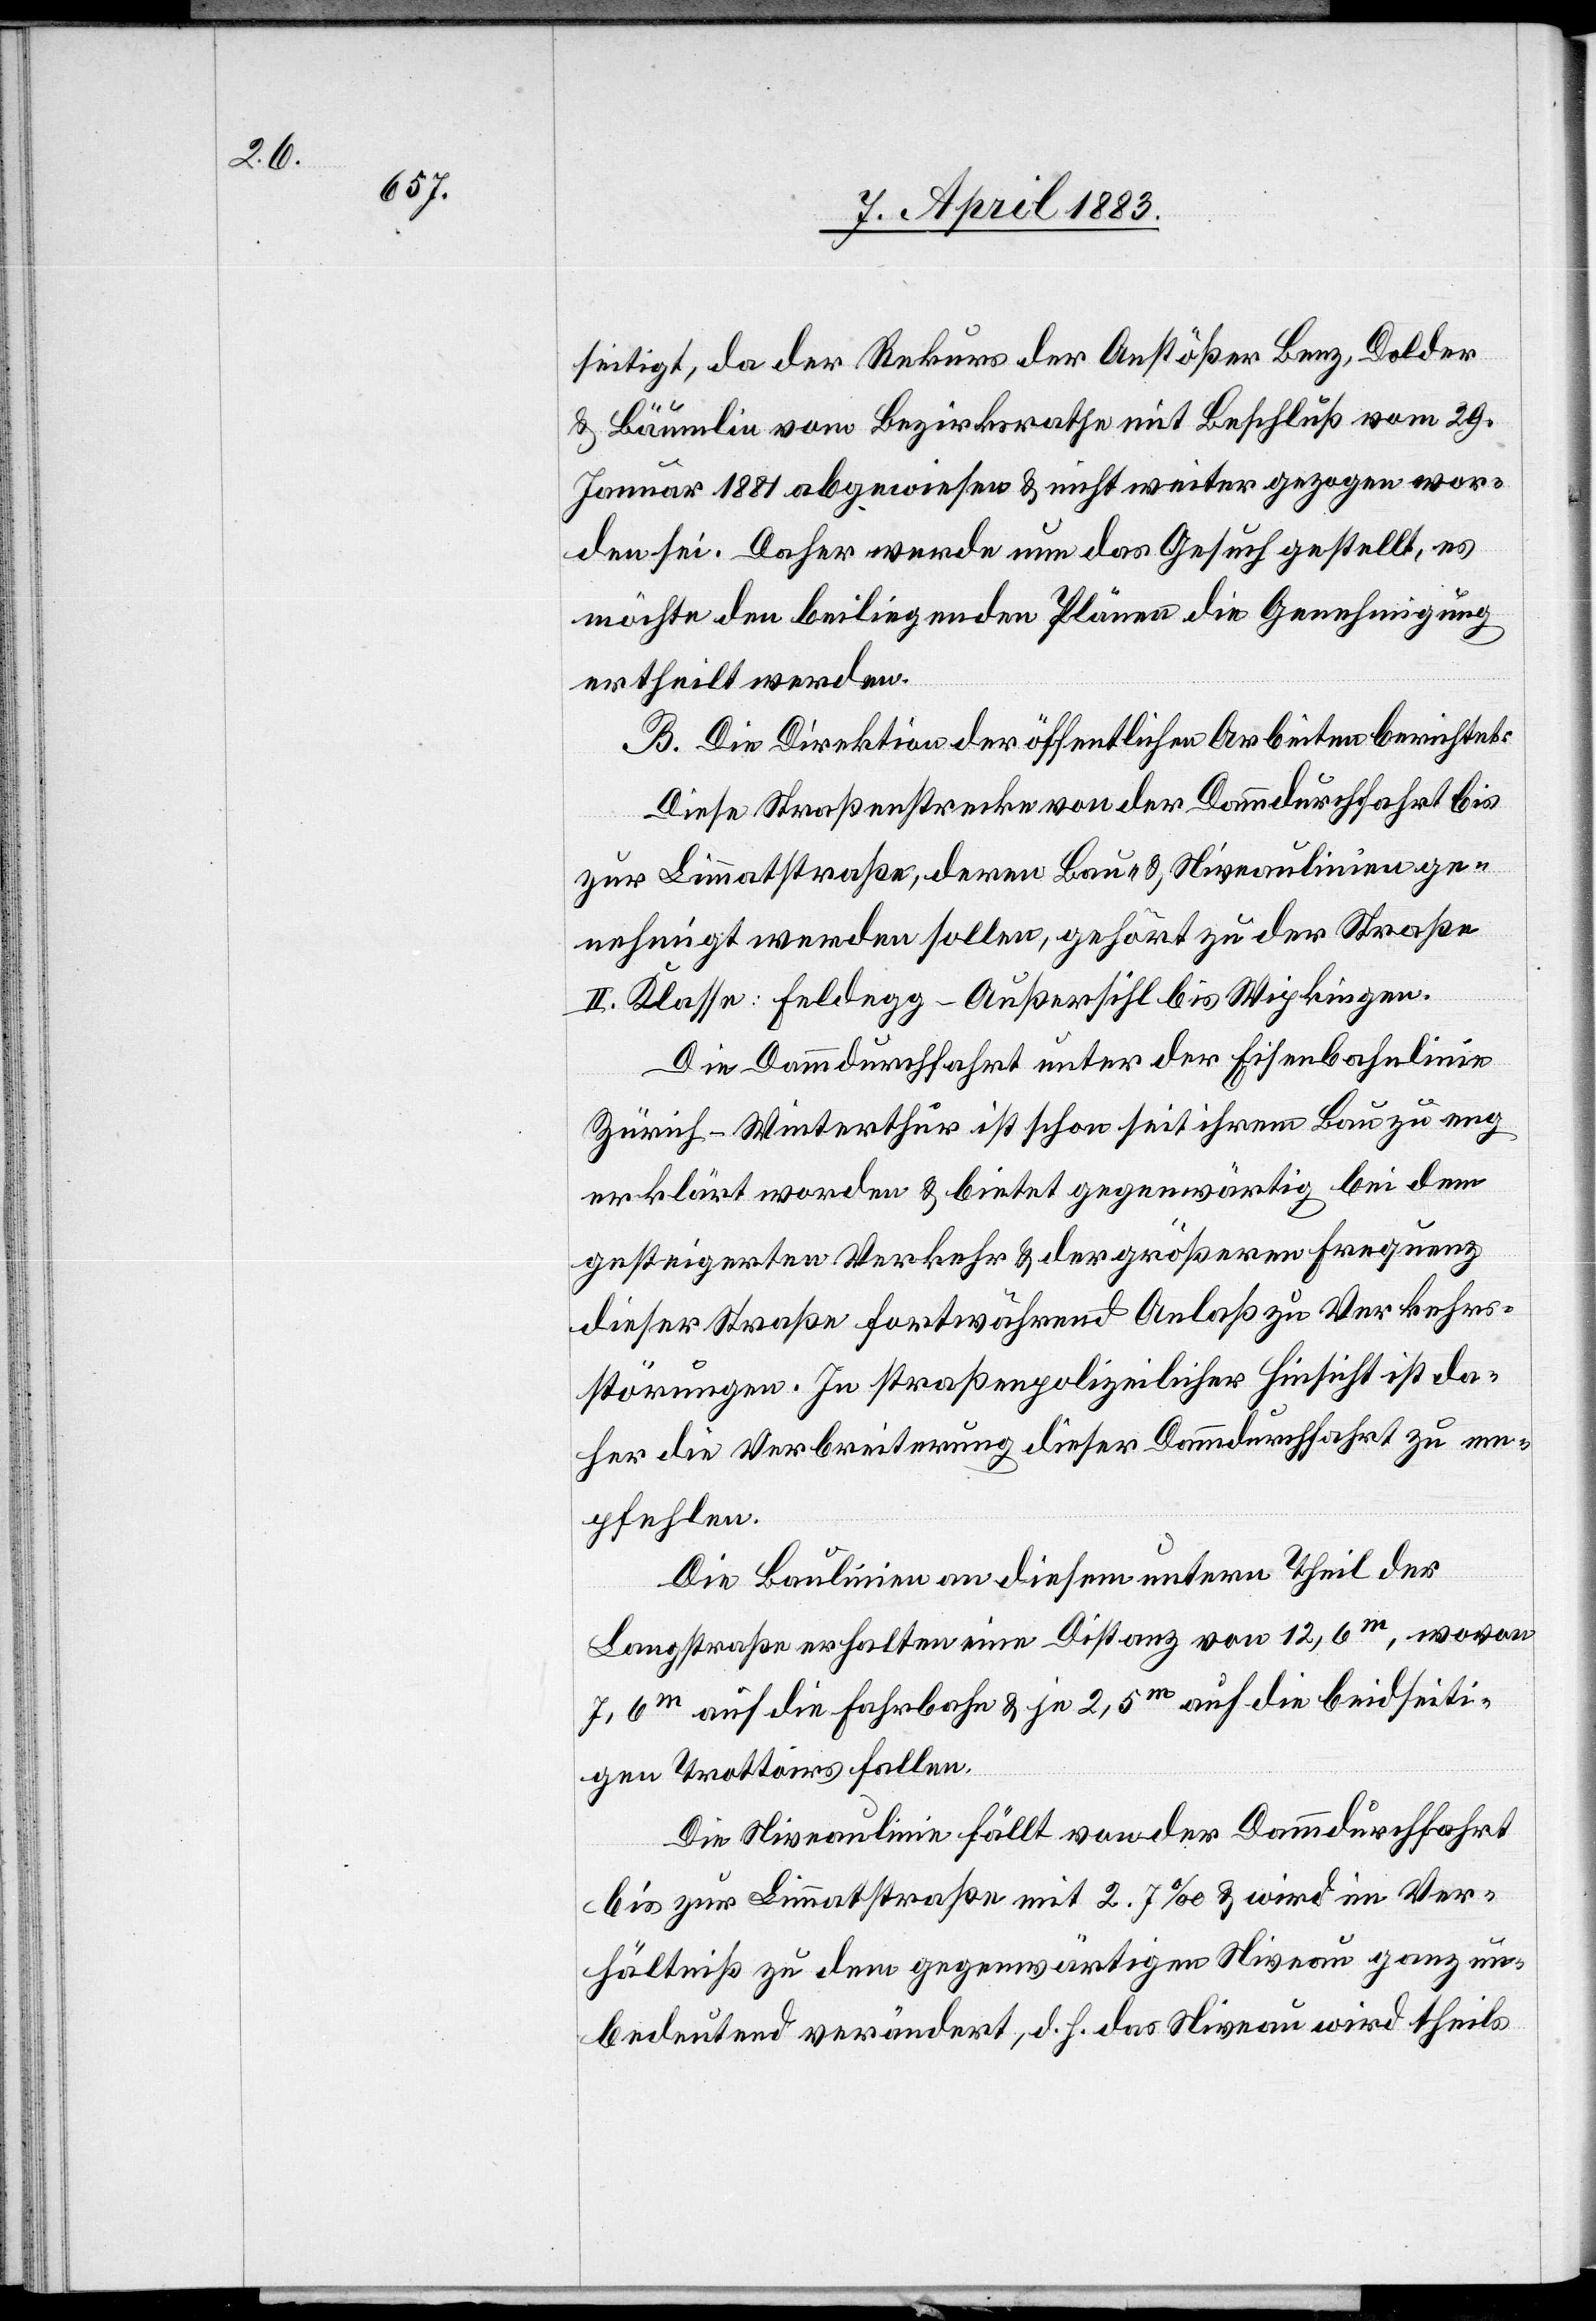
seitigt, da der Rekurs der Anstößer Benz, Dolder
& Bäumlin vom Bezirksrathe mit Beschluß vom 29.
Januar 1881 abgewiesen & nicht weiter gezogen wor¬
den sei. Daher werde nun das Gesuch gestellt, es
möchte den beiliegenden Plänen die Genehmigung
ertheilt werden.
B. Die Direktion der öffentlichen Arbeiten berichtet:
Diese Straßenstrecke von der Dammdurchfahrt bis
zur Limmatstraße, deren Bau- & Niveaulinien ge¬
nehmigt werden sollen, gehört zu der Straße
II. Klasse: Feldegg–Außersihl bis Wipkingen.
Die Dammdurchfahrt unter der Eisenbahnlinie
Zürich–Winterthur ist schon seit ihrem Bau zu eng
erklärt worden & bietet gegenwärtig bei dem
gesteigerten Verkehr & der größeren Frequenz
dieser Straße fortwährend Anlaß zu Verkehrs¬
störungen. In straßenbaupolizeilicher Hinsicht ist da¬
her die Verbreiterung dieser Dammdurchfahrt zu em¬
pfehlen.
Die Baulinie an diesem untern Theil der
Langstraße erhalten eine Distanz von 12,6m, wovon
7,6m auf die Fahrbahn & je 2,5m auf die beidseiti¬
gen Trottoirs fallen.
Die Niveaulinie fällt von der Dammdurchfahrt
bis zur Limmatstraße mit 2.7‰ & wird im Ver¬
hältniß zu dem gegenwärtigen Niveau ganz un¬
bedeutend verändert, d. h. das Niveau wird theils